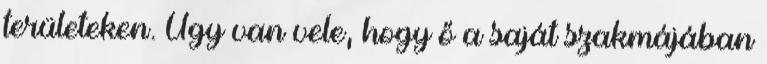
területeken. Úgy van vele, hogy ő a saját szakmájában